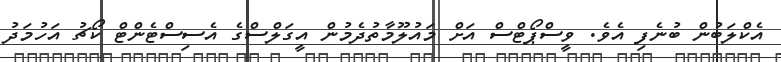
އެކްލަބުން ބުނެފި އެވެ. ވީސްޕޯޓްސް އަށް މައުލޫމާތުދެމުން އީގަލްސްގެ އެސިސްޓެންޓް ކޯޗު އަހުމަދު